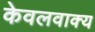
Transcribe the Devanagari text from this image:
केवलवाक्य